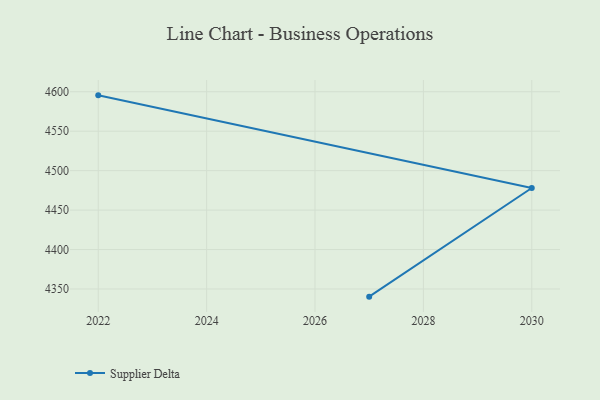
{"axis": {"x": "Year", "y": "Conversion Rate (%)"}, "legend": ["Supplier Delta"], "data": [{"x": "2022", "y": 4595.4, "type": "Supplier Delta"}, {"x": "2030", "y": 4478.0, "type": "Supplier Delta"}, {"x": "2027", "y": 4340.3, "type": "Supplier Delta"}]}